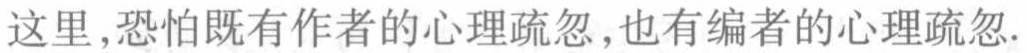
这里,恐怕既有作者的心理疏忽,也有编者的心理疏忽.